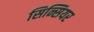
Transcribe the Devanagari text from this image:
सिन्सियर